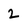
Character: 2